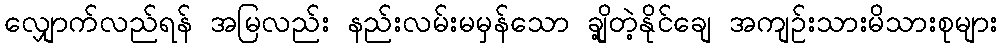
လျှောက်လည်ရန် အမြလည်း နည်းလမ်းမမှန်သော ချို့တဲ့နိုင်ချေ အကျဉ်းသားမိသားစုများ